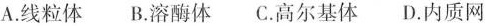
A. 线粒体 B. 溶酶体 C. 高尔基体 D. 内质网